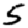
Digit: 5